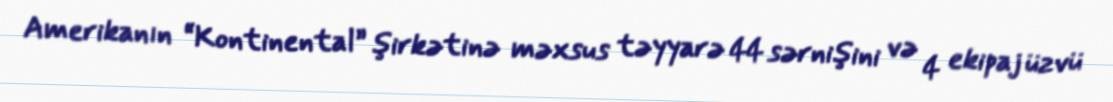
Amerikanın “Kontinental” şirkətinə məxsus təyyarə 44 sərnişini və 4 ekipaj üzvü